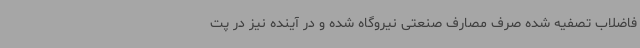
فاضلاب تصفیه شده صرف مصارف صنعتی نیروگاه شده و در آینده نیز در پت